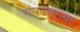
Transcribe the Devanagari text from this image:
संपवणाऱ्या